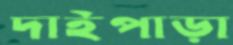
দাইপাড়া